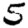
Digit: 5